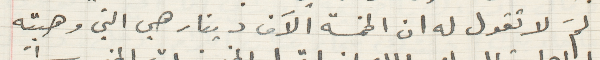
لمَ لا تقول له ان الخمسة الاَف دينار هي التي وهبته